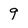
Character: 9